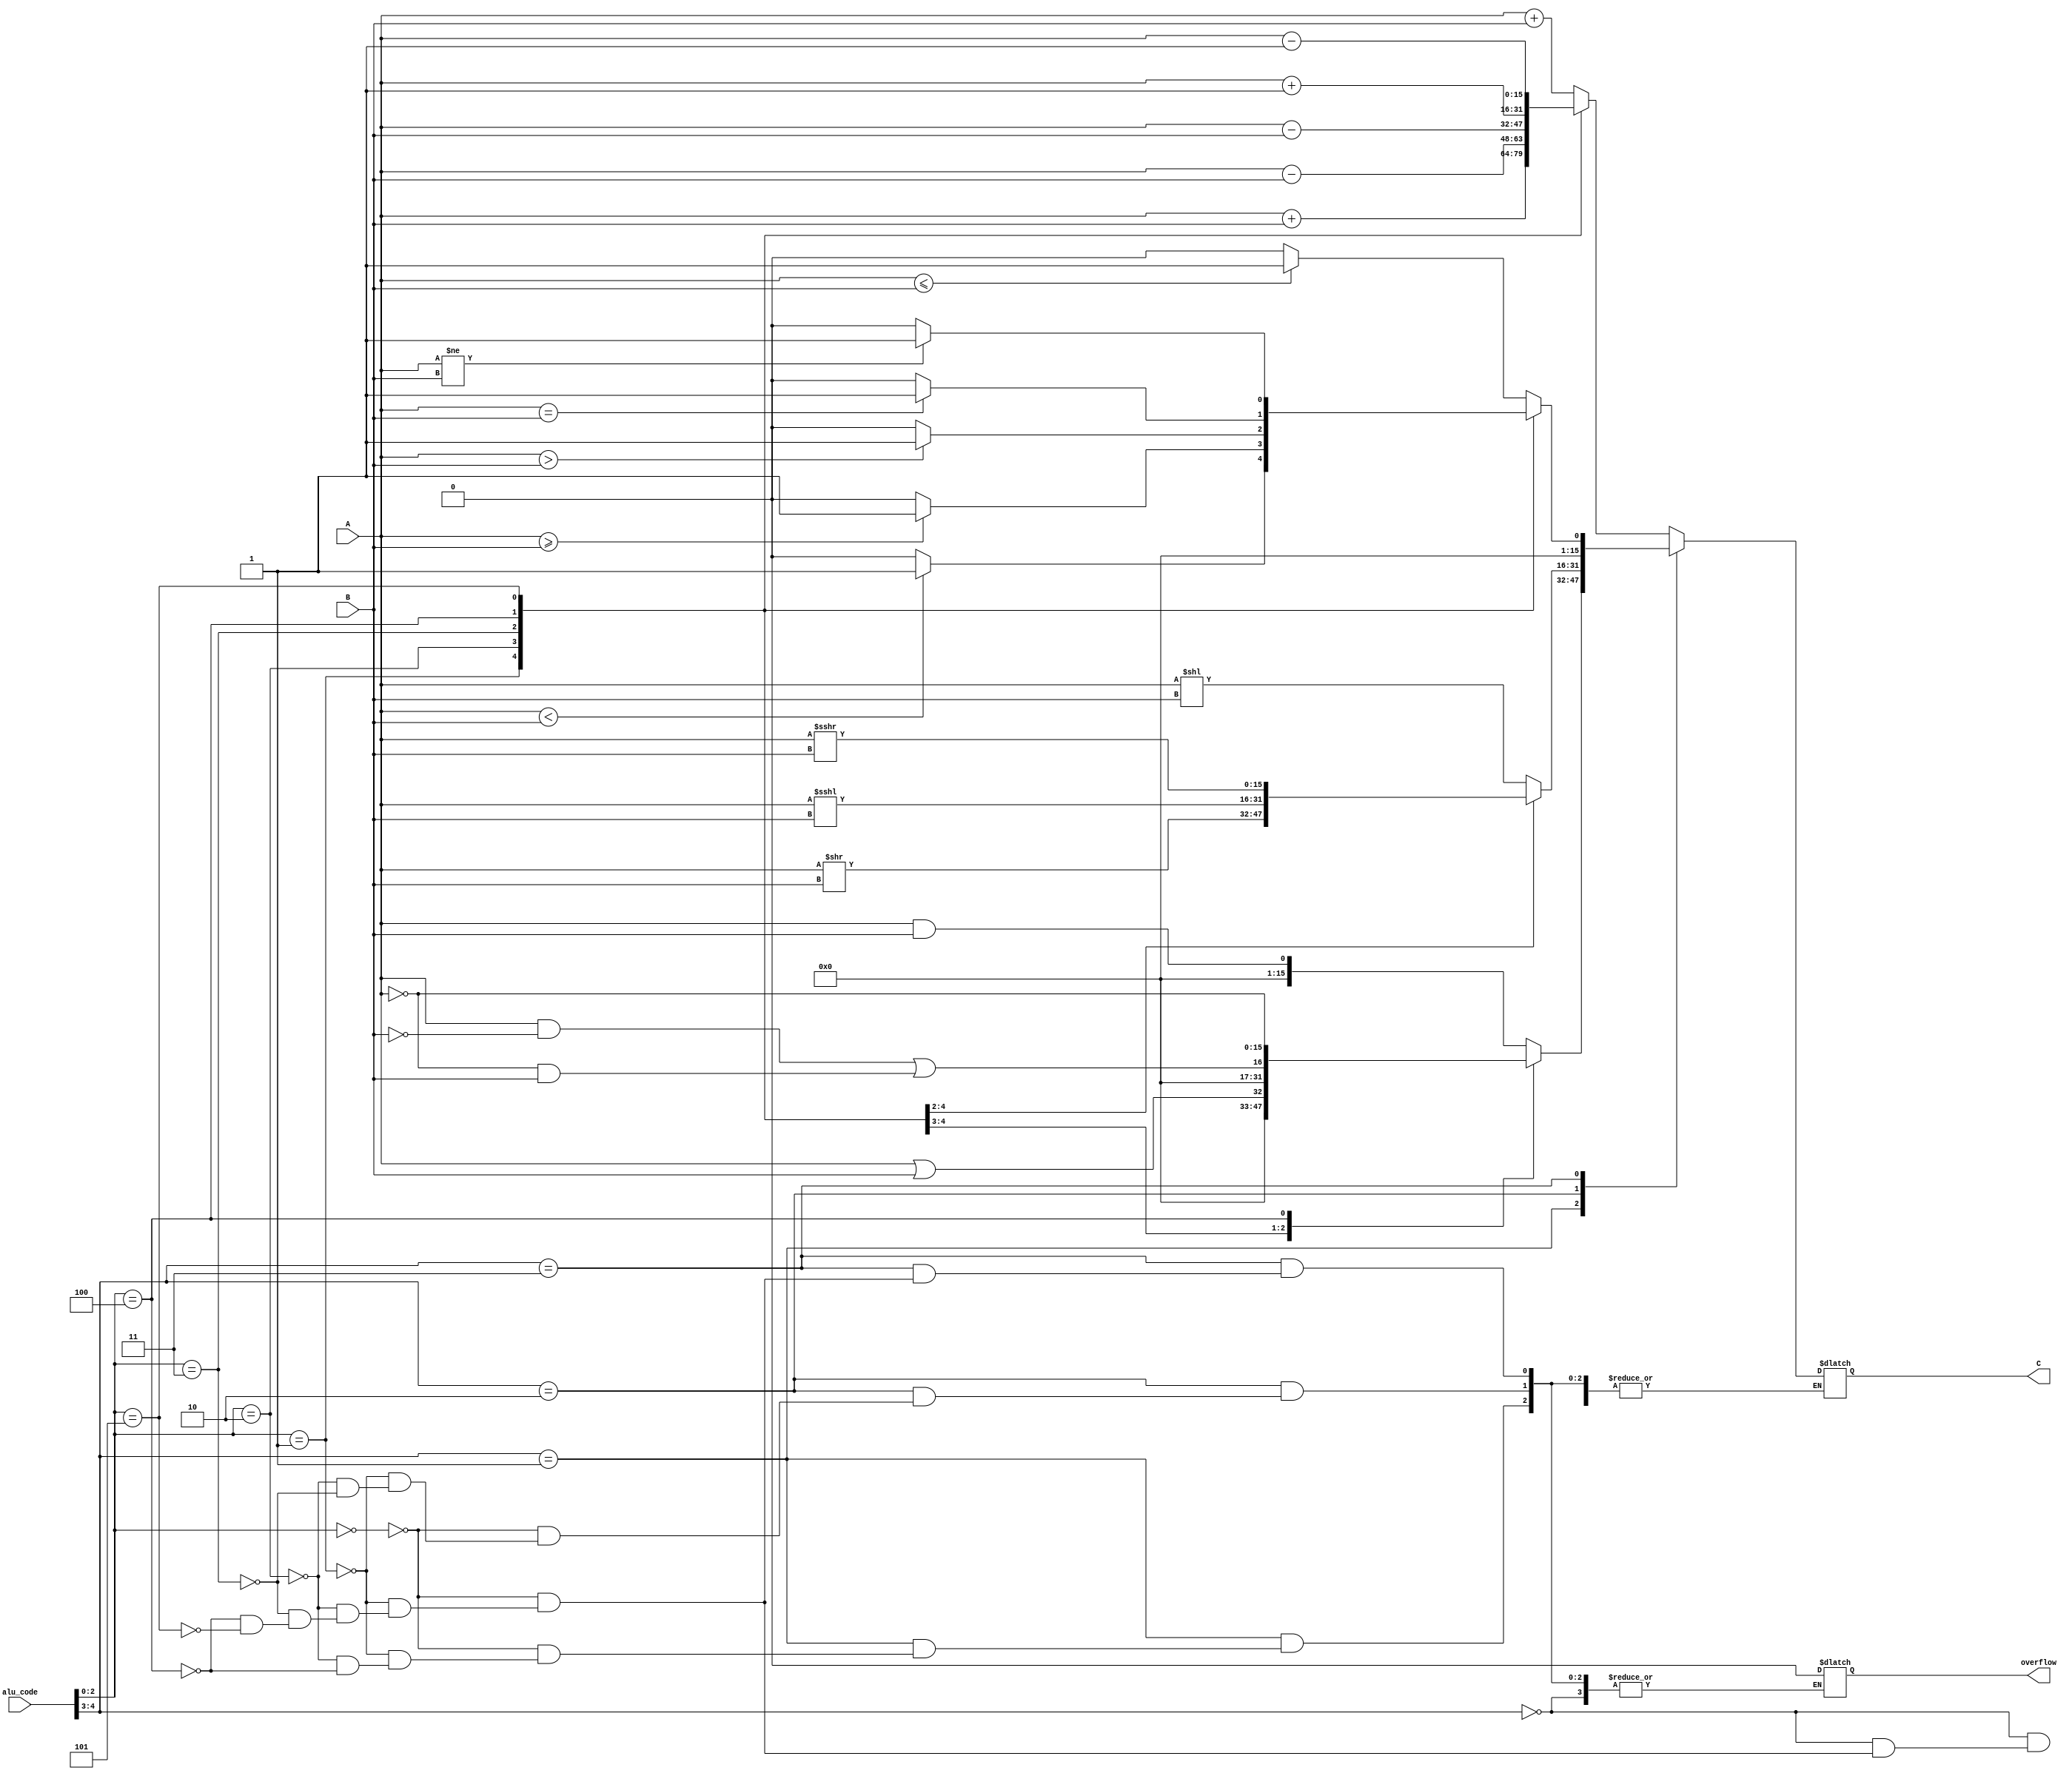
module prob1(C, overflow, A, B, alu_code);
    output reg [15:0] C;
    output reg overflow;
    input [15:0] A, B;
    input [4:0] alu_code;
    reg vout, cout; 
    reg [16:0] temp;
    reg signed [15:0] A_signed, B_signed;
    always @ (A or B or alu_code) begin
    A_signed = A; 
    B_signed = B;
    case(alu_code[4:3])
        2'b00:
            case(alu_code[2:0])
                3'b000: begin 
                            temp = A_signed + B_signed;
                            cout = temp[16];
                            C = temp[15:0];
                            if (A_signed[15] == 1'b0 && B_signed[15] == 1'b0 && C[15] == 1'b1)
                                vout = 1'b1;
                            else if (A_signed[15] == 1'b1 && B_signed[15] == 1'b1 && C[15] == 1'b0)
                                vout = 1'b1;
                            else 
                                vout = 1'b0;
                        end
                3'b001: begin
                            vout = 1'b0;
                            temp = A + B;
                            cout = temp[16];
                            C = temp[15:0];
                        end
                3'b010: begin 
                            temp = A_signed - B_signed;
                            cout = temp[16];
                            C = temp[15:0];
                            if (A_signed[15] == 1'b0 && B_signed[15] == 1'b0 && C[15] == 1'b1)
                                vout = 1'b1;
                            else if (A_singed[15] == 1'b1 && B_signed[15] == 1'b1 && C[15] == 1'b0)
                                vout = 1'b1;
                            else 
                                vout = 1'b0;
                        end
                3'b011: begin
                            vout = 1'b0;
                            temp = A - B;
                            cout = temp[16];
                            C = temp[15:0];
                        end
                3'b100: begin 
                            temp = A_signed + 1'b1;
                            cout = temp[16];
                            C = temp[15:0];
                            if (A_signed[15] == 1'b0 && B_signed[15] == 1'b0 && C[15] == 1'b1)
                                vout = 1'b1;
                            else if (A_signed[15] == 1'b1 && B_signed[15] == 1'b1 && C[15] == 1'b0)
                                vout = 1'b1;
                            else 
                                vout = 1'b0;
                        end
                3'b101: begin 
                            temp = A_signed - 1'b1;
                            cout = temp[16];
                            C = temp[15:0];
                            if (A_signed[15] == 1'b0 && B_signed[15] == 1'b0 && C[15] == 1'b1)
                                vout = 1'b1;
                            else if (A_signed[15] == 1'b1 && B_signed[15] == 1'b1 && C[15] == 1'b0)
                                vout = 1'b1;
                            else 
                                vout = 1'b0;
                        end 
                endcase                    
            
        2'b01:
            case(alu_code[2:0])
                3'b000: begin
                            C = A && B;
                            overflow = 1'b0;
                        end
                3'b001: begin
                            C = A || B;
                            overflow = 1'b0;
                        end
                3'b010: begin
                            C = (A && ~B) || (~A && B);
                            overflow = 1'b0;
                        end
                3'b100: begin
                            C = ~A;
                            overflow = 1'b0;
                        end
            endcase
        2'b10:
            case(alu_code[2:0])
                3'b000: begin                  
                            C = A << B;
                            overflow = 1'b0;
                        end
                3'b001: begin
                            C = A >> B;
                            overflow = 1'b0;
                        end
                3'b010: begin
                            C = A <<< B;
                            overflow = 1'b0; 
                        end
                3'b011: begin
                            C = A >>> B;
                            overflow = 1'b0;
                        end
            endcase
        2'b11:
            case(alu_code[2:0])
                3'b000: begin
                            overflow = 1'b0;
                            if (A <= B) 
                                C = 16'b0000000000000001;
                            else
                                C = 16'b0000000000000000; 
                        end                           
                3'b001: begin
                            overflow = 1'b0;
                            if (A < B) 
                                C = 16'b0000000000000001;
                            else
                                C = 16'b0000000000000000; 
                        end   
                3'b010: begin
                            overflow = 1'b0;
                            if (A >= B) 
                                C = 16'b0000000000000001;
                            else
                                C = 16'b0000000000000000; 
                        end   
                3'b011: begin
                            overflow = 1'b0;
                            if (A > B) 
                                C = 16'b0000000000000001;
                            else
                                C = 16'b0000000000000000; 
                        end   
                3'b100: begin
                            overflow = 1'b0;
                            if (A == B) 
                                C = 16'b0000000000000001;
                            else
                                C = 16'b0000000000000000; 
                        end   
                3'b101: begin
                            overflow = 1'b0;
                            if (A != B) 
                                C = 16'b0000000000000001;
                            else
                                C = 16'b0000000000000000; 
                        end   
            endcase
    endcase
    end
endmodule